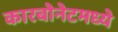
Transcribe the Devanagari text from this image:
कारबोनेटमध्ये